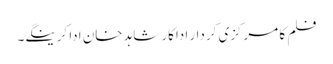
فلم کا مرکزی کردار اداکار شاہد خان ادا کرینگے۔